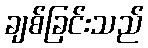
ချစ်ခြင်းသည်